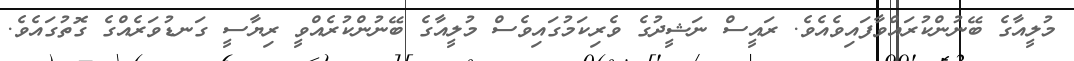
މުލީއާގެ ބޭނުންކުރައްވާފައިވެއެވެ. ރައީސް ނަޝީދުގެ ވެރިކަމުގައިވެސް މުލީއާގެ ބޭނުންކުރެއްވީ ރިޔާސީ ގަނޑުވަރެއްގެ ގޮތުގައެވެ.